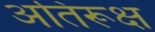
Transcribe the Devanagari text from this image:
अतिरूक्ष